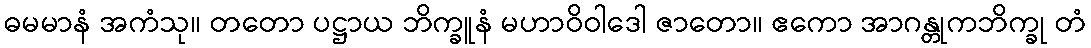
ဓမမာနံ အကံသု။ တတော ပဋ္ဌာယ ဘိက္ခူနံ မဟာဝိဝါဒေါ ဇာတော။ ဧကော အာဂန္တုကဘိက္ခု တံ